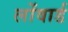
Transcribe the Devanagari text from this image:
लोंवार्ड